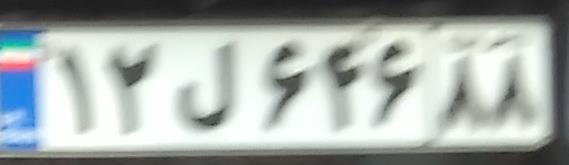
۱۲ل۶۴۶۸۸